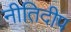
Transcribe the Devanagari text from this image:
नीतिदीप